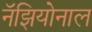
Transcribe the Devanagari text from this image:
नॅझियोनाल